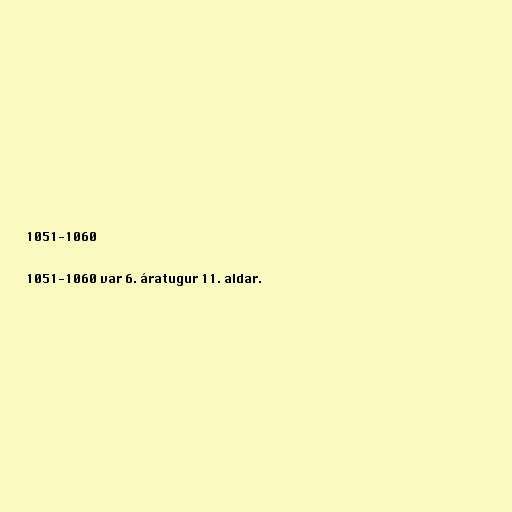
1051-1060

1051-1060 var 6. áratugur 11. aldar.